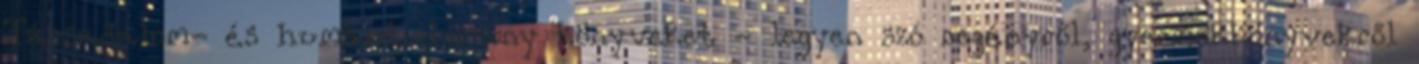
Társadalom- és humántudomány könyveket - legyen szó regényről, gyermekkönyvekről